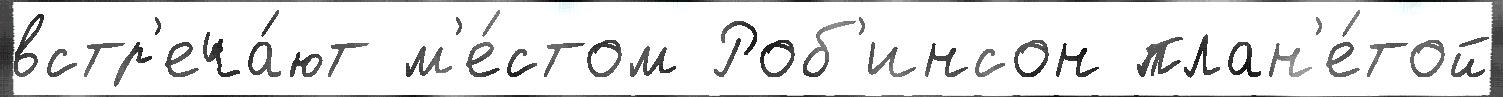
встр'еча́ют м'е́стом Роб'инсон план'е́той